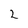
Character: 2